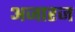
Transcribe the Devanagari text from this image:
अजारज